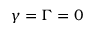
\gamma = \Gamma = 0